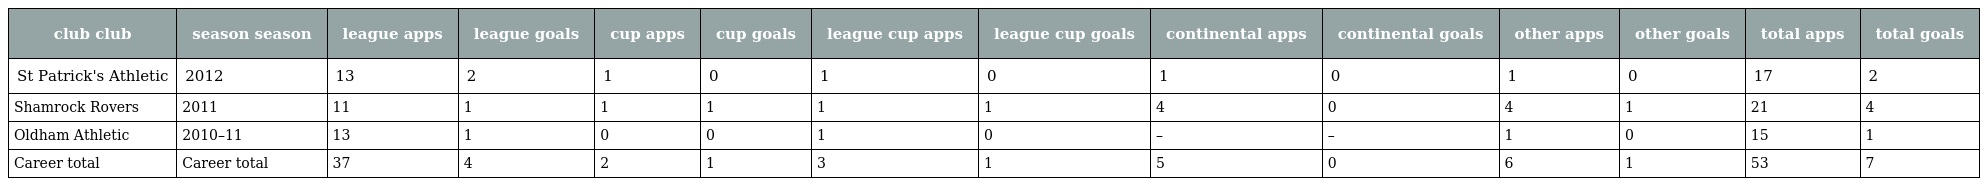
| club club | season season | league apps | league goals | cup apps | cup goals | league cup apps | league cup goals | continental apps | continental goals | other apps | other goals | total apps | total goals |
 | --- | --- | --- | --- | --- | --- | --- | --- | --- | --- | --- | --- | --- | --- |
 | St Patrick's Athletic | 2012 | 13 | 2 | 1 | 0 | 1 | 0 | 1 | 0 | 1 | 0 | 17 | 2 |
 | Shamrock Rovers | 2011 | 11 | 1 | 1 | 1 | 1 | 1 | 4 | 0 | 4 | 1 | 21 | 4 |
 | Oldham Athletic | 2010–11 | 13 | 1 | 0 | 0 | 1 | 0 | – | – | 1 | 0 | 15 | 1 |
 | Career total | Career total | 37 | 4 | 2 | 1 | 3 | 1 | 5 | 0 | 6 | 1 | 53 | 7 |